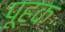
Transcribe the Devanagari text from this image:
पूहक